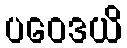
ပဝေဒယိ